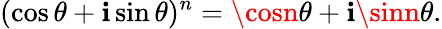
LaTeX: (\cos\theta+\mathbf{i}\sin\theta)^{n}=\cosn\theta+\mathbf{i}\sinn\theta.